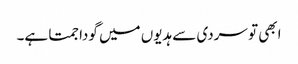
ابھی تو سردی سے ہدیوں میں گودا جمتا ہے۔